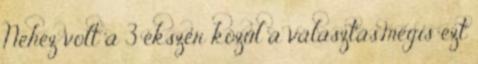
Nehéz volt a 3 ékszer közül a választás,mégis ezt